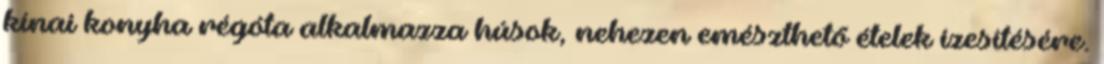
kínai konyha régóta alkalmazza húsok, nehezen emészthető ételek ízesítésére.